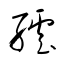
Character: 繧